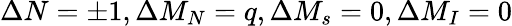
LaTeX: \Delta N=\pm 1,\Delta M_{N}=q,\Delta M_{s}=0,\Delta M_{I}=0